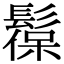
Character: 𩭼